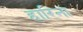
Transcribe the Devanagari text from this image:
हारिना